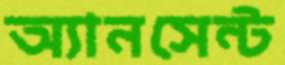
অ্যানসেন্ট